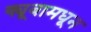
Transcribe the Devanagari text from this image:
क्यूबामधून